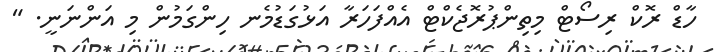
ހާޑް ރޮކް ރިސޯޓް މިތިންޕުރޮޖެކްޓް އެއްފަހަރާ އަޅުގަޑުމެނ ހިންގަމުން މި އަންނަނީ. "